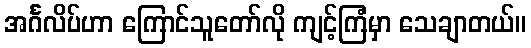
အင်္ဂလိပ်ဟာ ကြောင်သူတော်လို ကျင့်ကြံမှာ သေချာတယ်။